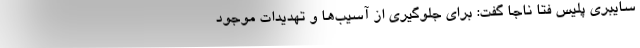
سایبری پلیس فتا ناجا گفت: برای جلوگیری از آسیب‌ها و تهدیدات موجود